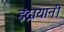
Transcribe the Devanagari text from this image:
इंद्रायानी